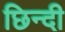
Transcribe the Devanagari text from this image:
छिन्दी